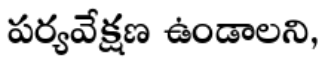
పర్యవేక్షణ ఉండాలని,